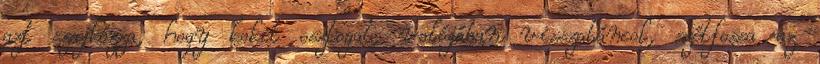
azt szajkózza, hogy kokit osztogat, valójában visszatáncol, szétfossa az